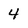
Character: 4